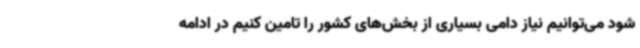
شود می‌توانیم نیاز دامی بسیاری از بخش‌های کشور را تامین کنیم در ادامه